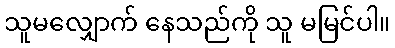
သူမလျှောက် နေသည်ကို သူ မမြင်ပါ။